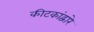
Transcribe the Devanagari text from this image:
कीटकांद्वारे